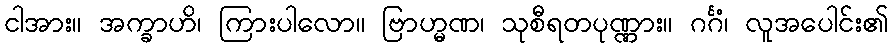
ငါအား။ အက္ခာဟိ၊ ကြားပါလော။ ဗြာဟ္မဏ၊ သုစီရတပုဏ္ဏား။ ဂင်္ဂံ၊ လူအပေါင်း၏